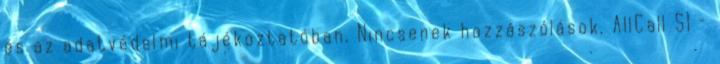
és az adatvédelmi tájékoztatóban. Nincsenek hozzászólások. AllCall S1 –